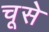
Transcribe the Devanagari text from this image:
चूसे